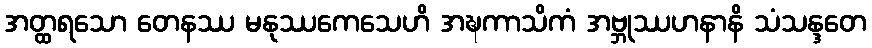
အတ္ထရသော တေနဿ မနုဿကေသေဟိ အဍ္ဎကာသိကံ အဗ္ဘုဿဟနာနိ သံသန္ဒတေ